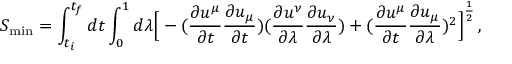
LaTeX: S _ { \mathrm { m i n } } = \int _ { t _ { i } } ^ { t _ { f } } d t \int _ { 0 } ^ { 1 } d \lambda \Big [ - ( { \frac { \partial u ^ { \mu } } { \partial t } } { \frac { \partial u _ { \mu } } { \partial t } } ) ( { \frac { \partial u ^ { \nu } } { \partial \lambda } } { \frac { \partial u _ { \nu } } { \partial \lambda } } ) + ( { \frac { \partial u ^ { \mu } } { \partial t } } { \frac { \partial u _ { \mu } } { \partial \lambda } } ) ^ { 2 } \Big ] ^ { \frac { 1 } { 2 } } \, ,